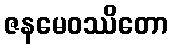
ဇနမေဝဿိတော